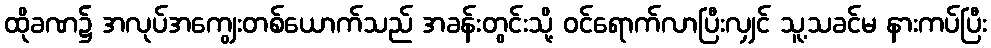
ထိုခဏ၌ အလုပ်အကျွေးတစ်ယောက်သည် အခန်းတွင်းသို့ ဝင်ရောက်လာပြီးလျှင် သူ့သခင်မ နားကပ်ပြီး